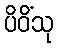
ပိဝိံသု